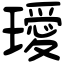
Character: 璦